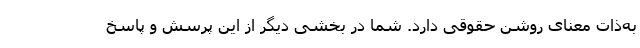
به‌ذات معنای روشن حقوقی دارد. شما در بخشی دیگر از این پرسش و پاسخ